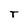
Character: T